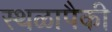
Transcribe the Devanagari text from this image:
स्थळापैकी